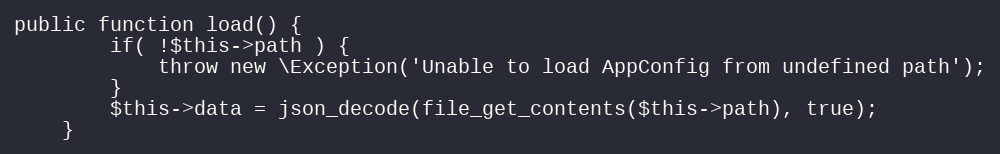
Language: PHP
public function load() {
		if( !$this->path ) {
			throw new \Exception('Unable to load AppConfig from undefined path');
		}
		$this->data	= json_decode(file_get_contents($this->path), true);
	}